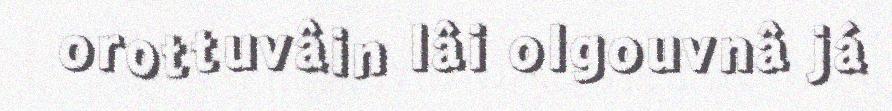
orottuvâin lâi olgouvnâ já